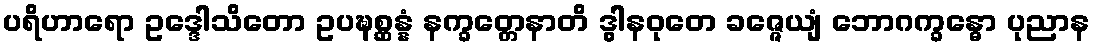
ပရိဟာရော ဥဒ္ဒေါသိတော ဥပဍ္ဎစ္ဆန္နံ နက္ခတ္တေနာတိ ဒွါနဝုတေ ခဇ္ဇေယျံ ဘောဂက္ခန္ဓော ပုညာန